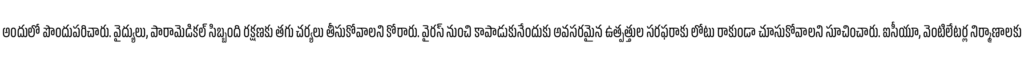
అందులో పొందుపరిచారు. వైద్యులు, పారామెడికల్ సిబ్బంది రక్షణకు తగు చర్యలు తీసుకోవాలని కోరారు. వైరస్ నుంచి కాపాడుకునేందుకు అవసరమైన ఉత్పత్తుల సరఫరాకు లోటు రాకుండా చూసుకోవాలని సూచించారు. ఐసీయూ, వెంటిలేటర్ల నిర్మాణాలకు